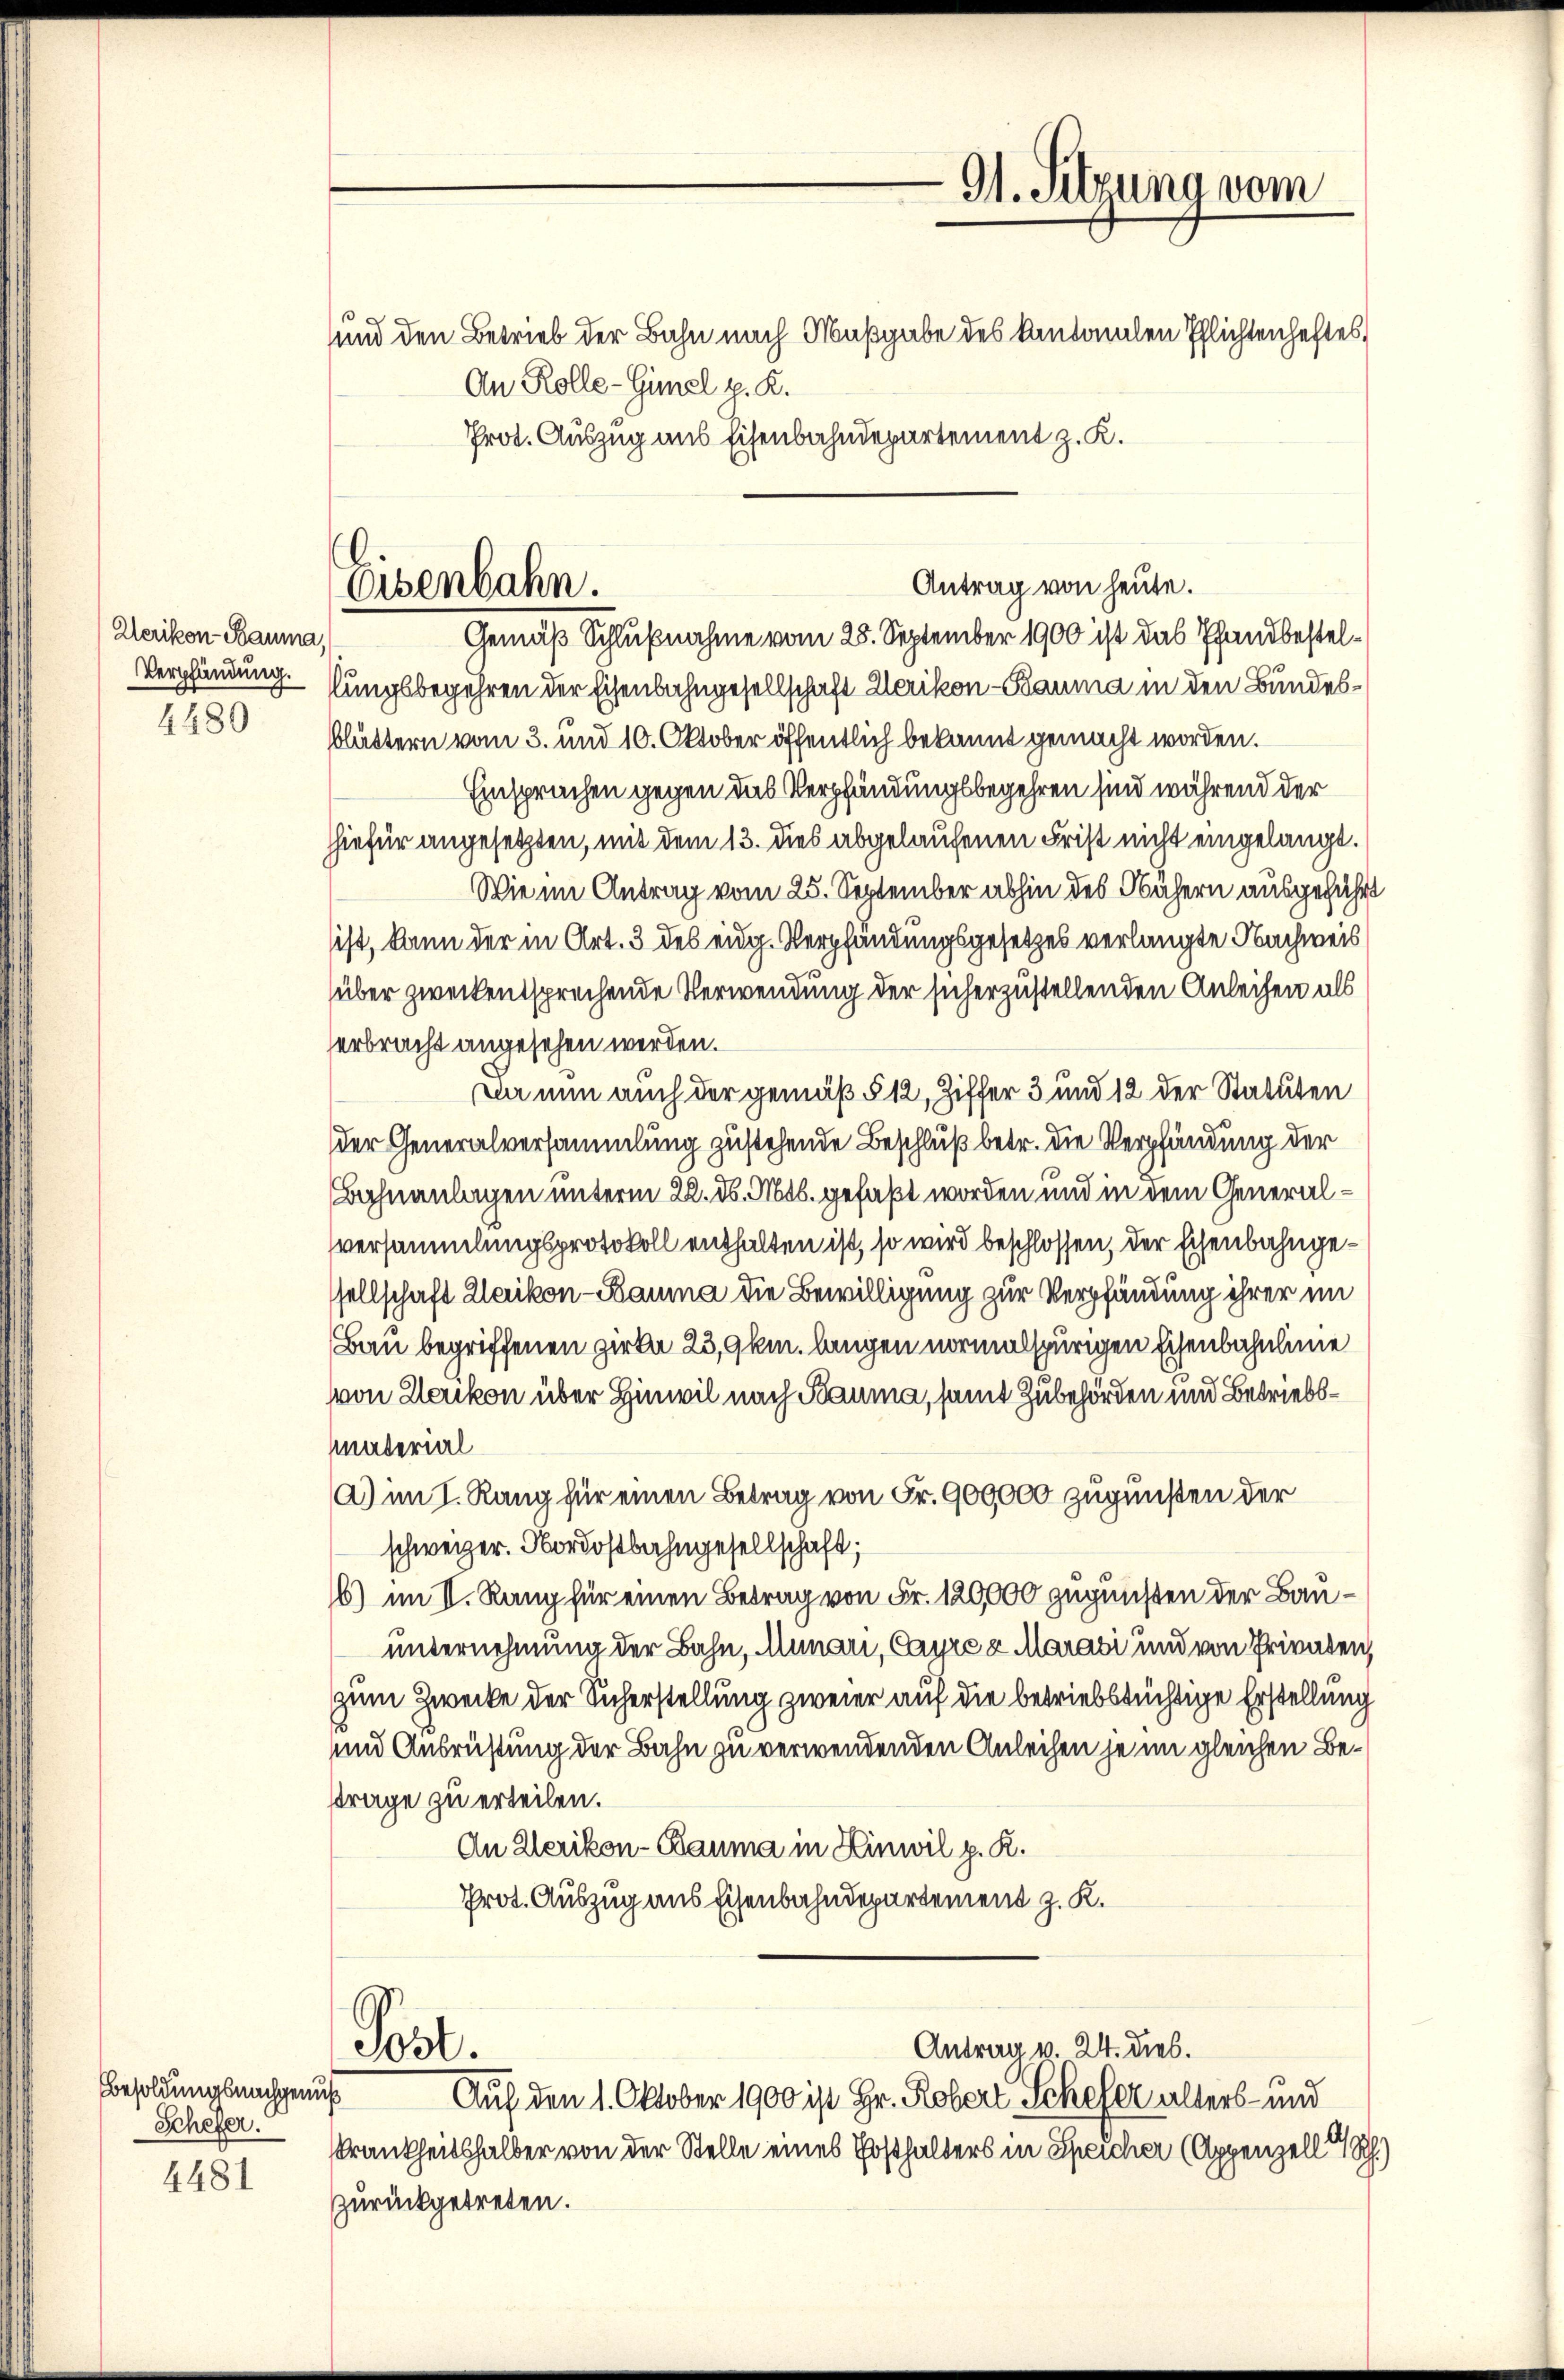
Werikon - Bauma,
4489

Besoldungsnachgenuß
Scheger.

4481

An Kolle-Gimel p. K.
Prot. Auszug aus Eisenbahndepartement z. K.

Antrag von heute.
Gemäß Schlußnahme vom 28. September 1900 ist das Pfandbestel¬
Verpfändung. Nungsbegehren der Eisenbahngesellschaft Werikon - Bauma in den Bundesblättern vom 3. und 10. Oktober öffentlich bekannt gemacht worden.
Einsprachen gegen das Verpfändungsbegehren sind während der
hhiefür angesetzten, mit dem 13. dies abgelaufenen Frist nicht eingelangt.
Wie im Antrag vom 25. September abhin des Nähern ausgeführt
ist, kann der in Art. 3 des eidg. Verpfändungsgesetzes verlangte Nachweis
über zweckentsprechende Verwendung der sicherzustellenden Anleihen als
erbracht angesehen werden.
Da nun auch der gemäß § 12, Ziffer 3 und 12 der Statuten
der Generalversammlung zustehende Beschluß betr. die Verpfändung der
Bahnanlagen unterm 22. d. Mts. gefaßt worden und in dem Generalversammlungsprotokoll enthalten ist, so wird beschlossen, der Eisenbahngesellschaft Werikon-Bauma die Bewilligung zur Verpfändung ihrer im
Bau begriffenen Zirka 23,9 km. langen normalspurigen Eisenbahnlinie
von Uerikon über Hinwil nach Bauma, samt Zubehörden und Betriebs¬
Material
a) im I. Rang für einen Betrag von Fr. 900,000 zugunsten der
schweizer. Nordostbahngesellschaft;
6) im II. Rang für einen Betrag von Fr. 120,000 zugunsten der Bauunternehmung der Bahn, Munari, Cayre & Marasi und von Privaten,
zum Zwecke der Sicherstellung zweier auf die betriebstüchtige Erstellung
und Ausrüstung der Bahn zu verwendenden Anleihen je im gleichen Beftrage zu erteilen.
An Werikon - Bauma in Hinwil p. K.
Prot. Auszug aus Eisenbahndepartement z. K.

Eisenbahn.

Post.

Gl. Sitzung vom
und den Betrieb der Bahn nach Maßgabe des kantonalen Pflichtenheftes,

Antrag v. 24. dies.

Auf den 1. Oktober 1900 ist Hr. Robert Schofer alters- und
rankheitshalber von der Stelle eines Ersthalters in Speicher (Appenzell R.)
zurückgetreten.

t